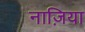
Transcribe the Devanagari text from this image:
नाज़िया